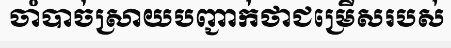
ចាំបាច់ស្រាយបញ្ជាក់ថាជម្រើសរបស់